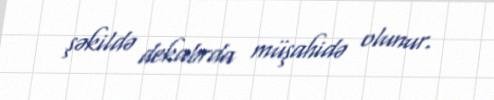
şəkildə dekabrda müşahidə olunur.